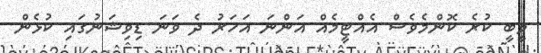
ވީބީ ކުރެ ކޮންމެވެސް އެއްޓީމެއް އަންނަ އަހަރު ދެ ވަނަ ޑިވިޝަނުގައި ކުޅެން